Note on the mental hospitals in Burma - 1925-1940
Year: 1925
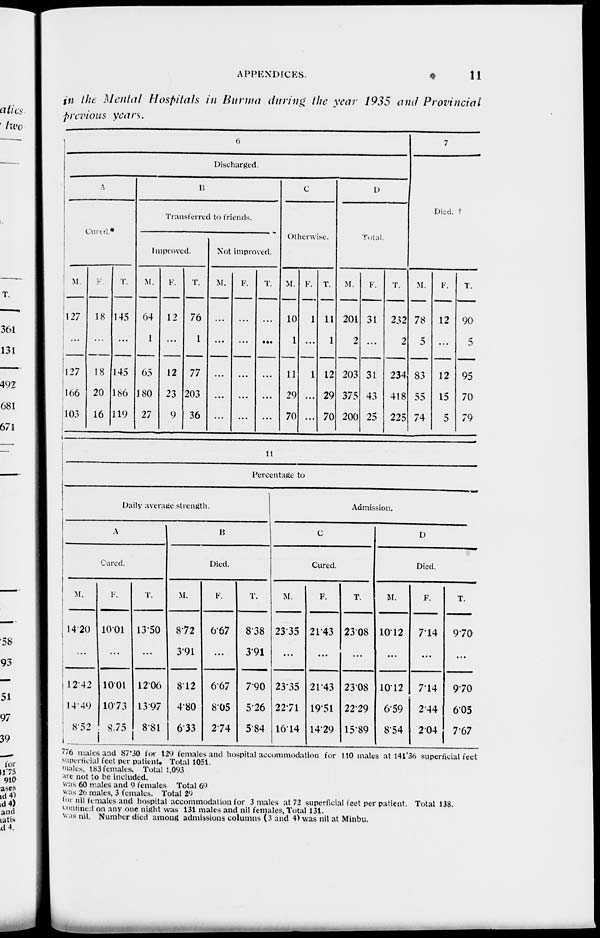
APPENDICES.
11
in the Mental Hospitals in Burma during the year 1935 and Provincial
previous years.
6
Discharged.
A
Cured.*
M.
127
...
127
166
103
F.
18
...
18
20
16
T.
145
...
145
186
119
B
Transferred to friends.
Improved.
M.
64
1
65
180
27
F.
12
...
12
23
9
T.
76
1
77
203
36
Not improved.
M.
...
...
...
...
...
F.
...
...
...
...
...
T.
...
...
...
...
...
C
Otherwise.
M.
10
1
11
29
70
F.
1
...
1
...
...
T.
11
1
12
29
70
D
Total.
M.
201
2
203
375
200
F.
31
...
31
43
25
T.
232
2
234
418
225
7
Died.
M.
78
5
83
55
74
F.
12
...
12
15
5
T.
90
5
95
70
79
11
Percentage to
Daily average strength.
A
Cured.
M.
14.20
...
12.42
14.49
8.52
F.
10.01
...
10.01
10.73
8.75
T.
13.50
...
12.06
13.97
8.8l
B
Died.
M.
8.72
3.91
8.12
4.80
6.33
F.
6.67
...
6.67
8.05
2.74
T.
8.38
3.91
7.90
5.26
5.84
Admission.
C
Cured.
M.
23.35
...
23.35
22.71
16.14
F.
21.43
...
21.43
19.51
14.29
T.
23.08
...
23.08
22.29
15.89
D
Died.
M.
10.12
...
10.12
6.59
8.54
F.
7.14
...
7.14
2.44
2.04
T.
9.70
...
9.70
6.05
7.67
776 males and 87.30 for 129 females and hospital accommodation for 110 males at 141.36 superficial feet
superficial feet per patient. Total 1051.
males. 183 females. Total 1,093
are not to be included.
was 60 males and 9 females Total 69
was 26 males. 3 females. Total 29
for nil females and hospital accommodation for 3 males at 72 superficial feet per patient. Total 138.
confined on any one night was 131 males and nil females. Total 131.
was nil. Number died among admissions columns (3 and 4) was nil at Minbu.